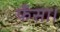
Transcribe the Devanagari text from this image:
फँसा।